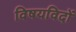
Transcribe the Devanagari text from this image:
विषयविदों